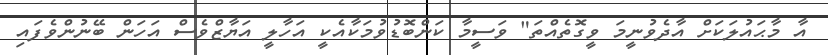
އާ މާޙައުލަކަށް އާދެވުނީމަ ވީގޮތެއްތަ" ވަސީމާ ކަންބޮޑުވުމަކާއެކީ އަހާލީ އަޔާޒްވެސް އަހަން ބޭނުންވެފައި